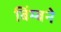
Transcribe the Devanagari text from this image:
बिंम्बने